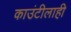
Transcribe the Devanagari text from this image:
काउंटीलाही